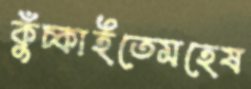
কুঁচ্‌কাইতেমহেষ